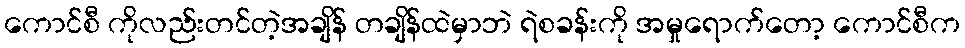
ကောင်စီ ကိုလည်းတင်တဲ့အချိန် တချိန်ထဲမှာဘဲ ရဲစခန်းကို အမှုရောက်တော့ ကောင်စီက